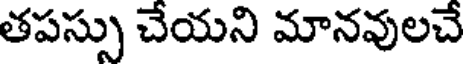
తపస్సు చేయని మానవులచే